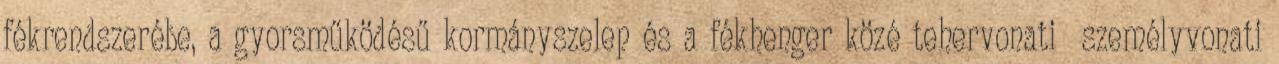
fékrendszerébe, a gyorsműködésű kormányszelep és a fékhenger közé tehervonati személyvonati